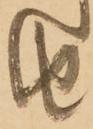
由